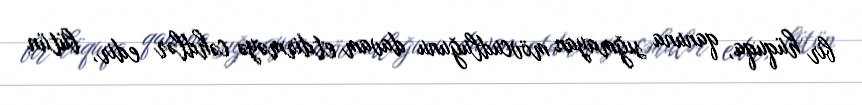
bir hüquqa, qanuna sığmayan mövcudluğunu davam etdirməyə cəhdlər edir, bütün